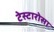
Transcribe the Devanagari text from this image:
टेस्टारोसा